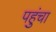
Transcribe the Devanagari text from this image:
पहुुंचा